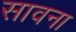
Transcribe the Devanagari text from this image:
सावना